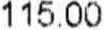
115.00